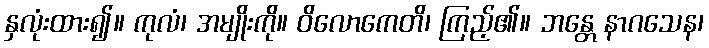
နှလုံးထား၍။ ကုလံ၊ အမျိုးကို။ ဝိလောကေတိ၊ ကြည့်၏။ ဘန္တေ နာဂသေန၊